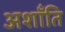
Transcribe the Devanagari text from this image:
अशाँति